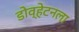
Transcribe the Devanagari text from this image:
डोव्हेटनला